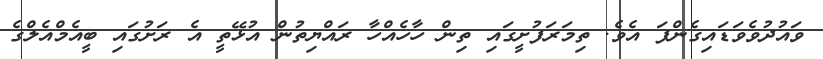
ވައުދުވެވަޑައިގެންފަ އެވެ. ތިމަރަފުށީގައި ތިން ހާހެއްހާ ރައްޔިތުން އުޅޭތީ އެ ރަށުގައި ބީއެމްއެލްގެ